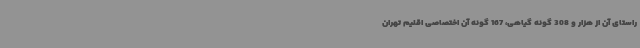
راستای آن از هزار و 308 گونه گیاهی، 167 گونه آن اختصاصی اقلیم تهران